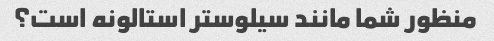
منظور شما مانند سیلوستر استالونه است؟